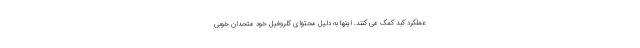
عملکرد کبد کمک می کنند. اینها به دلیل محتوای کلروفیل خود متحدان خوبی